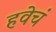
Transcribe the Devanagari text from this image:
हवेचं